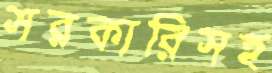
সরকারিসহ